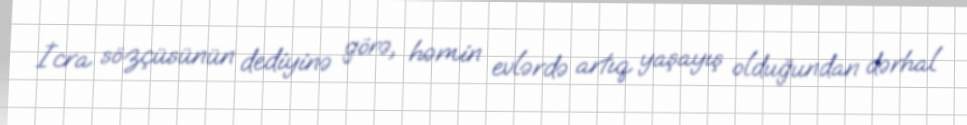
İcra sözçüsünün dediyinə görə, həmin evlərdə artıq yaşayış olduğundan dərhal